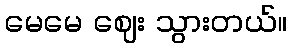
မေမေ ဈေး သွားတယ်။